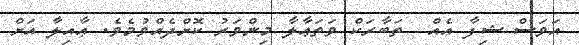
އަވަސް ޝިފާ އެއް  ތަބާރަކް ވަތަޢާލާ މިންވަރު ކޮށްދެއްވުމެވެ. ޢާއިލާ އަށް